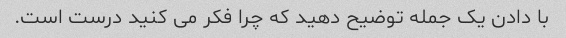
با دادن یک جمله توضیح دهید که چرا فکر می کنید درست است.